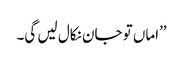
’’اماں تو جان نکال لیں گی۔